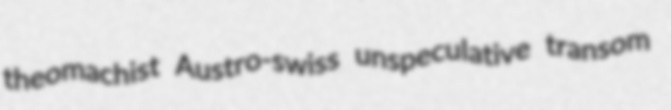
theomachist Austro-swiss unspeculative transom